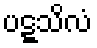
ပဋ္ဋသိလံ